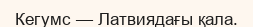
Кегумс — Латвиядағы қала.